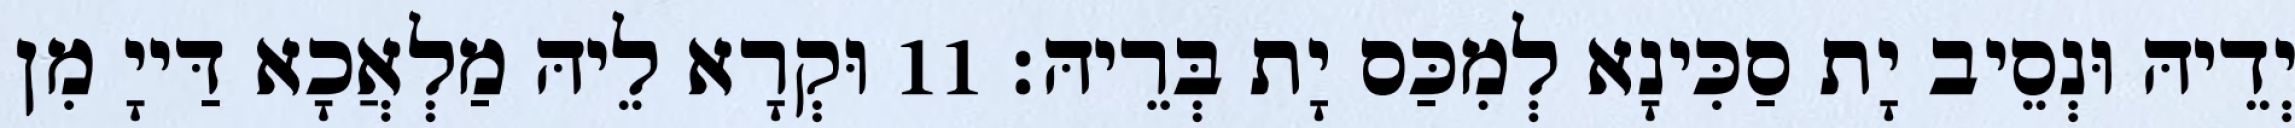
יְדֵיהּ וּנְסֵיב יָת סַכִּינָא לְמִכַּס יָת בְּרֵיהּ׃ 11 וּקְרָא לֵיהּ מַלְאֲכָא דַּייָ מִן